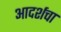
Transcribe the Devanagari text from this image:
आदर्शचा